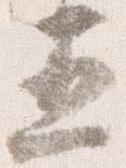
五